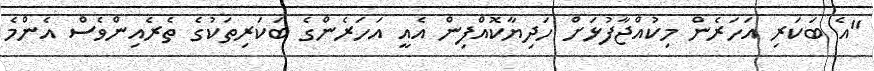
"އެ ބަކަރި އަހަރެން މިކުއްޖާފުޅަށް ހަދިޔާކޮއްފިން އެއީ އަހަރެންގެ ބަކަރިތަކުގެ ތެރެއިންވެސް އެންމެ